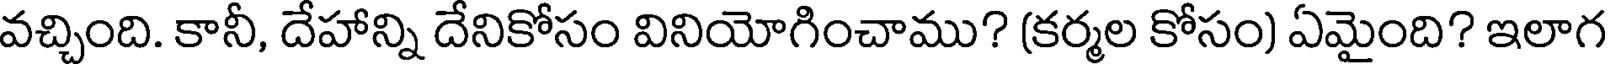
వచ్చింది. కానీ, దేహాన్ని దేనికోసం వినియోగించాము? (కర్మల కోసం) ఏమైంది? ఇలాగ